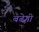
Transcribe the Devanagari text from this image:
बढे़गी